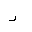
Letter: _ra